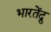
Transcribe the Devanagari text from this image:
भारतेंद्रु